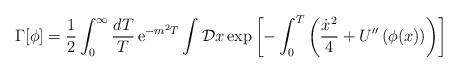
\begin{align*}\Gamma[\phi] = {1\over 2} \int_0^{\infty}{dT\over T}\, {\rm e}^{-m^2T} \int {\cal D}x\, {\rm exp} \left[ -\int_0^T \left( {{\dot x}^2\over 4} + U''\left( \phi (x) \right)\right) \right]\end{align*}